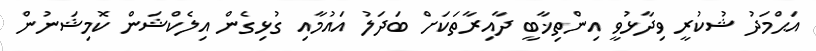
އަޙްމަދު ޝުކުރީ ވިދާޅުވީ އިންތިޚާބީ ދާއިރާތަކަށް ބަދަލު އައުމާއި ގުޅިގެން އިލެކްޝަން ކޮމިޝަނުން